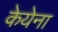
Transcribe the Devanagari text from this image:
केयेना